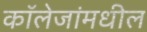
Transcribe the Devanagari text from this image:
कॉलेजांमधील